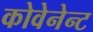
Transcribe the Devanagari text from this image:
कोवेनेन्ट